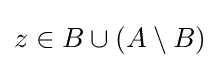
z\in B\cup (A\setminus B)